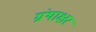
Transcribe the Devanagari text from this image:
ग्रंथाक्षर